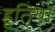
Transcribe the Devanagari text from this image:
हूतियों